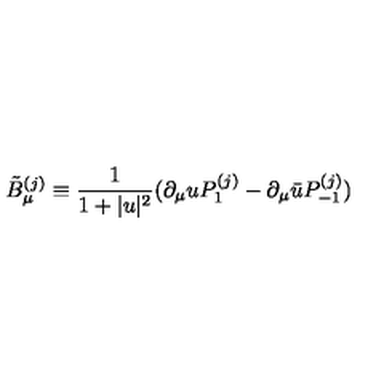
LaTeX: \tilde { B } _ { \mu } ^ { ( j ) } \equiv \frac { 1 } { 1 + | u | ^ { 2 } } ( \partial _ { \mu } u P _ { 1 } ^ { ( j ) } - \partial _ { \mu } \bar { u } P _ { - 1 } ^ { ( j ) } )